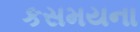
કસમયના